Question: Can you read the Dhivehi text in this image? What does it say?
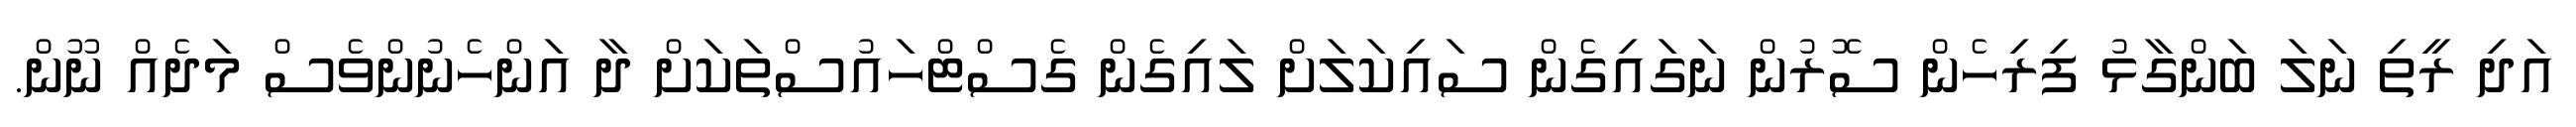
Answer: އަދި ރީތި ނަލަ ބަންގާޅު ފިރިހެން ސޮރުން ނަގައިގެން ސައިކަލަށް ލައިގެން ގެސްޓްހައުސްތަކަށް ދާ އަންހެނުންވެސް މަދެއް ނޫން.